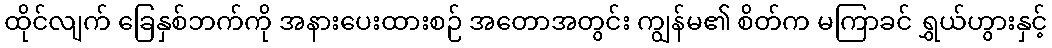
ထိုင်လျက် ခြေနှစ်ဘက်ကို အနားပေးထားစဉ် အတောအတွင်း ကျွန်မ၏ စိတ်က မကြာခင် ရွှယ်ဟွားနှင့်